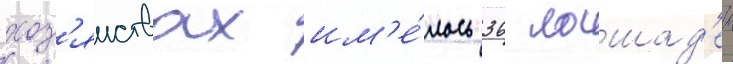
хоз'яиствах им'е́лось 36 лошад'еи